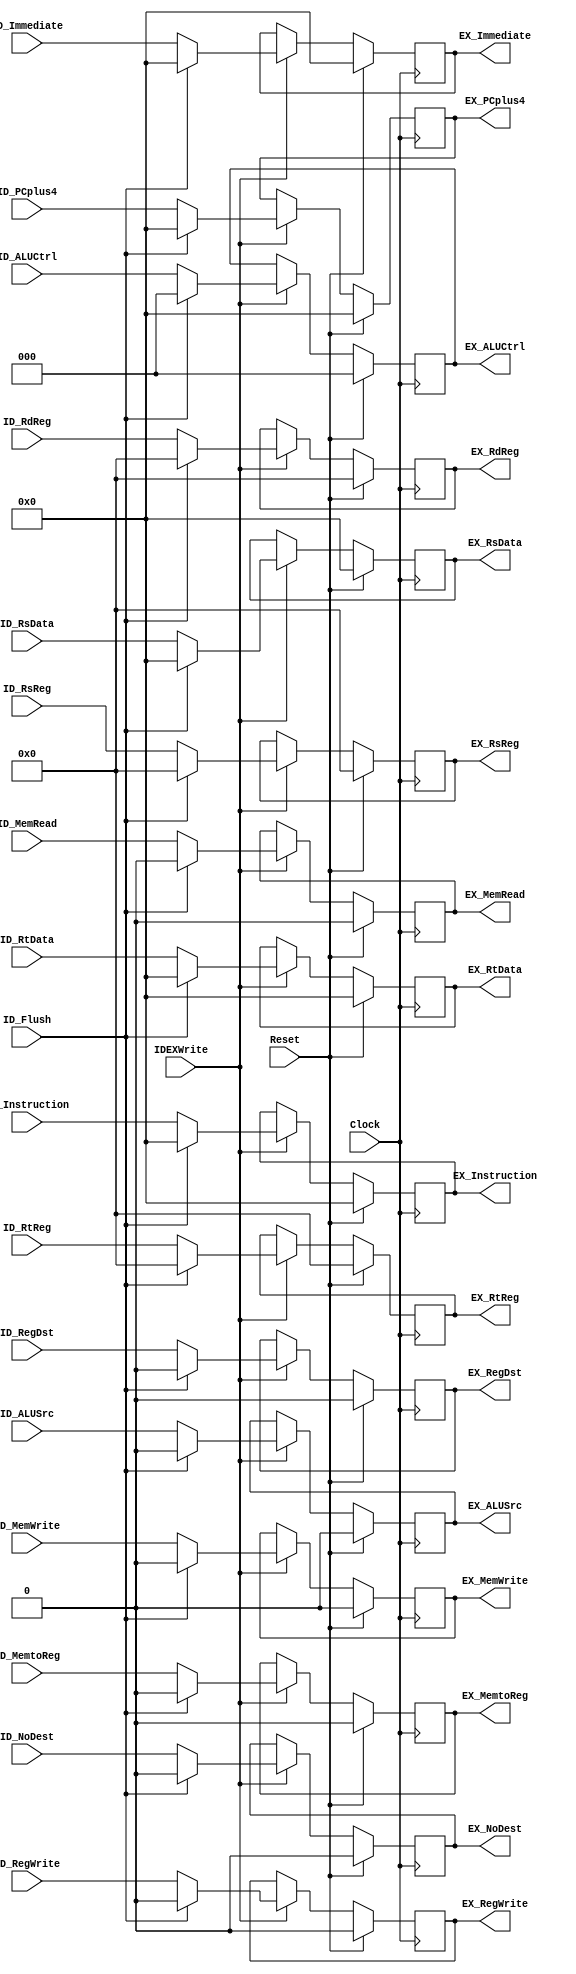
`timescale 1ns / 1ps

/*
    Registradores de pipeline entre as fases ID (Instruction Decode)
    e EX (Execution).

    Quando IDEXWrite est em 0, os registradores de ID no recebem os dados de IF.
    Quando ID_Flush est em 1, os registradores de ID so zerados (informao perdida).
*/

module ID_EX_Stage (
    input Clock,
    input Reset,
    input IDEXWrite,
    input ID_Flush,
    //Sinais de Controle WB
    input ID_RegWrite,
    input ID_MemtoReg,
    //Sinais de Controle MEM
    input ID_MemRead,
    input ID_MemWrite,
    //Sinais de Controle EX
    input ID_ALUSrc,
    input [2:0] ID_ALUCtrl,
    input ID_RegDst,
    input ID_NoDest,
    //Sinais de Dados
    input [31:0] ID_PCplus4,
    input [31:0] ID_RsData,
    input [31:0] ID_RtData,
    input [31:0] ID_Immediate,
    input [4:0] ID_RsReg,
    input [4:0] ID_RtReg,
    input [4:0] ID_RdReg,
    //Debug
    input [31:0] ID_Instruction,

    output reg[31:0] EX_PCplus4,
    output reg[31:0] EX_RsData,
    output reg[31:0] EX_RtData,
    output reg[31:0] EX_Immediate,
    output reg[4:0] EX_RsReg,
    output reg[4:0] EX_RtReg,
    output reg[4:0] EX_RdReg,

    output reg EX_RegWrite,
    output reg EX_MemtoReg,
    output reg EX_MemRead,
    output reg EX_MemWrite,
    output reg EX_ALUSrc,
    output reg[2:0] EX_ALUCtrl,
    output reg EX_RegDst,
    output reg EX_NoDest,
    //Debug
    output reg [31:0] EX_Instruction
    );

    always@(posedge Clock) begin
        EX_PCplus4    <= (Reset) ? 32'd0 : ((!IDEXWrite) ? EX_PCplus4   : ((ID_Flush) ? 32'd0 : ID_PCplus4  )); 
        EX_RsData     <= (Reset) ? 32'd0 : ((!IDEXWrite) ? EX_RsData    : ((ID_Flush) ? 32'd0 : ID_RsData   )); 
        EX_RtData     <= (Reset) ? 32'd0 : ((!IDEXWrite) ? EX_RtData    : ((ID_Flush) ? 32'd0 : ID_RtData   )); 
        EX_Immediate  <= (Reset) ? 32'd0 : ((!IDEXWrite) ? EX_Immediate : ((ID_Flush) ? 32'd0 : ID_Immediate)); 
        EX_RsReg      <= (Reset) ? 5'd0  : ((!IDEXWrite) ? EX_RsReg     : ((ID_Flush) ?  5'd0 : ID_RsReg    )); 
        EX_RtReg      <= (Reset) ? 5'd0  : ((!IDEXWrite) ? EX_RtReg     : ((ID_Flush) ?  5'd0 : ID_RtReg    )); 
        EX_RdReg      <= (Reset) ? 5'd0  : ((!IDEXWrite) ? EX_RdReg     : ((ID_Flush) ?  5'd0 : ID_RdReg    )); 
       
        EX_RegWrite   <= (Reset) ? 1'd0  : ((!IDEXWrite) ? EX_RegWrite  : ((ID_Flush) ?  1'd0 : ID_RegWrite )); 
        EX_MemtoReg   <= (Reset) ? 1'd0  : ((!IDEXWrite) ? EX_MemtoReg  : ((ID_Flush) ?  1'd0 : ID_MemtoReg )); 
        EX_MemRead    <= (Reset) ? 1'd0  : ((!IDEXWrite) ? EX_MemRead   : ((ID_Flush) ?  1'd0 : ID_MemRead )); 
        EX_MemWrite   <= (Reset) ? 1'd0  : ((!IDEXWrite) ? EX_MemWrite  : ((ID_Flush) ?  1'd0 : ID_MemWrite )); 
        EX_ALUSrc     <= (Reset) ? 1'd0  : ((!IDEXWrite) ? EX_ALUSrc    : ((ID_Flush) ?  1'd0 : ID_ALUSrc )); 
        EX_ALUCtrl    <= (Reset) ? 3'd0  : ((!IDEXWrite) ? EX_ALUCtrl   : ((ID_Flush) ?  3'd0 : ID_ALUCtrl )); 
        EX_RegDst     <= (Reset) ? 1'd0  : ((!IDEXWrite) ? EX_RegDst    : ((ID_Flush) ?  1'd0 : ID_RegDst )); 
        EX_NoDest     <= (Reset) ? 1'd0  : ((!IDEXWrite) ? EX_NoDest    : ((ID_Flush) ?  1'd0 : ID_NoDest )); 
        EX_Instruction <= (Reset) ? 32'd0  : ((!IDEXWrite) ? EX_Instruction    : ((ID_Flush) ?  32'd0 : ID_Instruction )); 
    end
endmodule